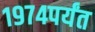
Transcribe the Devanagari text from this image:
१९७४पर्यंत